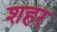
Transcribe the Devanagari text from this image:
शहर